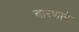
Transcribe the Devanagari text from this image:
चारणारे